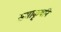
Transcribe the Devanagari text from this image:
समाकृषनि